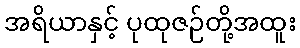
အရိယာနှင့် ပုထုဇဉ်တို့အထူး